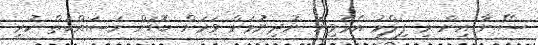
ސޭނާ އިން މި ފިލްމު އެޅުވިޔަ ނުދިނުމަށް ވަރަށް ބޮޑަށް މަސައްކަތް ކުރި